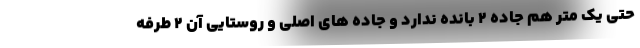
حتی یک متر هم جاده ۲ بانده ندارد و جاده های اصلی و روستایی آن ۲ طرفه